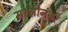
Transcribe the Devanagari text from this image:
सरशीनंतर